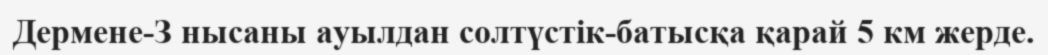
Дермене-З нысаны ауылдан солтүстік-батысқа қарай 5 км жерде.